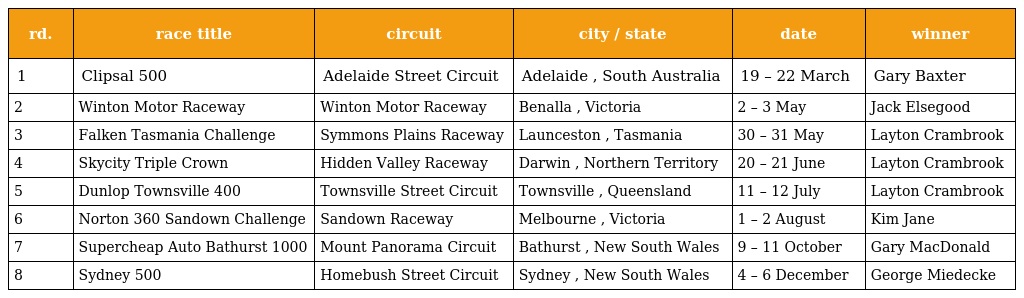
| rd. | race title | circuit | city / state | date | winner |
 | --- | --- | --- | --- | --- | --- |
 | 1 | Clipsal 500 | Adelaide Street Circuit | Adelaide , South Australia | 19 – 22 March | Gary Baxter |
 | 2 | Winton Motor Raceway | Winton Motor Raceway | Benalla , Victoria | 2 – 3 May | Jack Elsegood |
 | 3 | Falken Tasmania Challenge | Symmons Plains Raceway | Launceston , Tasmania | 30 – 31 May | Layton Crambrook |
 | 4 | Skycity Triple Crown | Hidden Valley Raceway | Darwin , Northern Territory | 20 – 21 June | Layton Crambrook |
 | 5 | Dunlop Townsville 400 | Townsville Street Circuit | Townsville , Queensland | 11 – 12 July | Layton Crambrook |
 | 6 | Norton 360 Sandown Challenge | Sandown Raceway | Melbourne , Victoria | 1 – 2 August | Kim Jane |
 | 7 | Supercheap Auto Bathurst 1000 | Mount Panorama Circuit | Bathurst , New South Wales | 9 – 11 October | Gary MacDonald |
 | 8 | Sydney 500 | Homebush Street Circuit | Sydney , New South Wales | 4 – 6 December | George Miedecke |